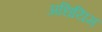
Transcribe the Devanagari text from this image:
अधियिम